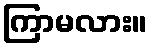
ကြာမလား။